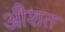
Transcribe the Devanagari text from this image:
औशत